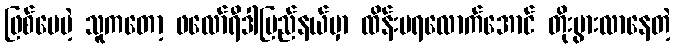
ဖြစ်ပေမဲ့ သူကတော့ ဖလော်ရီဒါပြည်နယ်မှာ ထိန်းမရလောက်အောင် တိုးပွားလာနေတဲ့